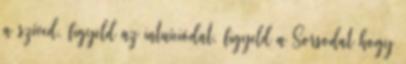
a szíved, figyeld az intuíciódat, figyeld a Sorsodat hogy